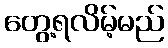
တွေ့ရလိမ့်မည်